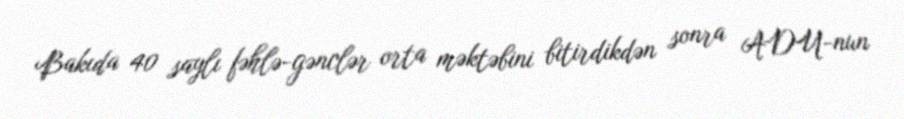
Bakıda 40 saylı fəhlə-gənclər orta məktəbini bitirdikdən sonra ADU-nun